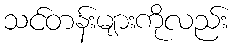
သင်တန်းများကိုလည်း